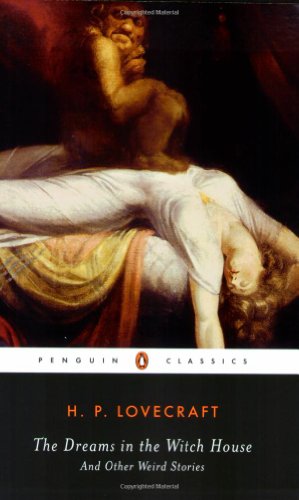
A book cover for The Dreams in the Witch House: And Other Weird Stories (Penguin Classics); H. P. Lovecraft; Teen & Young Adult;